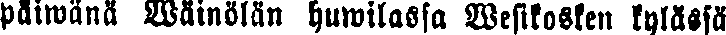
päiwänä Wäinölän huwilassa Wesikosken kylässä